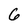
Character: 6